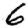
Digit: 6